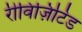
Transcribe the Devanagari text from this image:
रीविज़िटिड